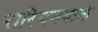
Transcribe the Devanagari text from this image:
रारियनवाले